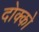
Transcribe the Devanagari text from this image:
दोक्को